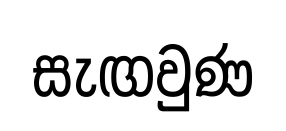
සැඟවුණ